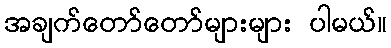
အချက်တော်တော်များများ ပါမယ်။